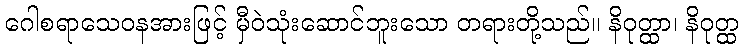
ဂေါစရာသေဝနအားဖြင့် မှီဝဲသုံးဆောင်ဘူးသော တရားတို့သည်။ နိဝုတ္ထာ၊ နိဝုတ္ထ